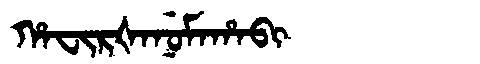
Manchu: ᡥᠠᠸᡳᡵᡧᠠᠨᡠᠮᠠᡥᠠᠪᡳ
Romanization: HAFIRŠANUMAHABI